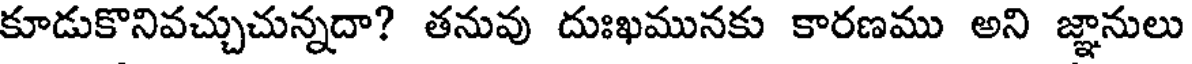
కూడుకొనివచ్చుచున్నదా? తనువు దుఃఖమునకు కారణము అని జ్ఞానులు